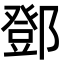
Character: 鄧